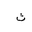
Letter: _tha